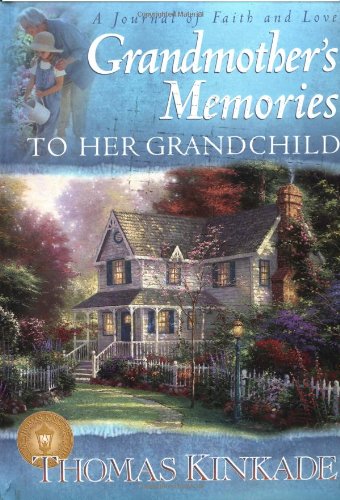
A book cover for Grandmother's Memories: To Her Grandchild (A Journal of Faith and Love); Candy Paull; Parenting & Relationships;